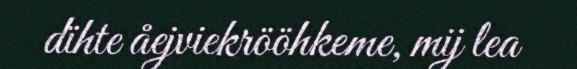
dïhte åejviekrööhkeme, mij lea